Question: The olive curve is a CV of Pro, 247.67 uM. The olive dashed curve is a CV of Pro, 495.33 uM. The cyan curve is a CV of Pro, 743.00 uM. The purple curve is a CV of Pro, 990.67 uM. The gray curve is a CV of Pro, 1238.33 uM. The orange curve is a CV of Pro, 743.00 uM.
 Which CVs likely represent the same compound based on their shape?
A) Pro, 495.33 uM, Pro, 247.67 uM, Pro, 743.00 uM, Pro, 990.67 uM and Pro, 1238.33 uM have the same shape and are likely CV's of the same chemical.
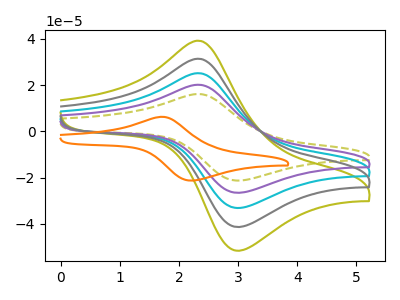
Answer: <think>The olive curve "Pro, 247.67 uM" has an anodic peak at (2.35V, 80.70uA) and a cathodic peak at (3.05V, -105.95uA). The olive dashed curve "Pro, 495.33 uM" has an anodic peak at (2.35V, 16.15uA) and a cathodic peak at (3.05V, -21.20uA). The cyan curve "Pro, 743.00 uM" has an anodic peak at (2.35V, 40.35uA) and a cathodic peak at (3.05V, -52.95uA). The purple curve "Pro, 990.67 uM" has an anodic peak at (2.35V, 20.15uA) and a cathodic peak at (3.05V, -26.50uA). The gray curve "Pro, 1238.33 uM" has an anodic peak at (2.35V, 60.50uA) and a cathodic peak at (3.05V, -79.45uA). The orange curve "Pro, 743.00 uM" has an anodic peak at (1.70V, 6.30uA) and a cathodic peak at (2.25V, -21.25uA).
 All the peaks in "Pro, 247.67 uM" have a peak in "Pro, 495.33 uM" at the same potential. Every peak in "Pro, 247.67 uM" is higher than every peak in "Pro, 495.33 uM". All the peaks in "Pro, 247.67 uM" have a peak in "Pro, 743.00 uM" at the same potential. Every peak in "Pro, 247.67 uM" is higher than every peak in "Pro, 743.00 uM". All the peaks in "Pro, 247.67 uM" have a peak in "Pro, 990.67 uM" at the same potential. Every peak in "Pro, 247.67 uM" is higher than every peak in "Pro, 990.67 uM". All the peaks in "Pro, 247.67 uM" have a peak in "Pro, 1238.33 uM" at the same potential. Every peak in "Pro, 247.67 uM" is higher than every peak in "Pro, 1238.33 uM". "Pro, 247.67 uM" and "Pro, 743.00 uM" have at least one peak that do not match. All the peaks in "Pro, 495.33 uM" have a peak in "Pro, 743.00 uM" at the same potential. Every peak in "Pro, 495.33 uM" is lower than every peak in "Pro, 743.00 uM". All the peaks in "Pro, 495.33 uM" have a peak in "Pro, 990.67 uM" at the same potential. Every peak in "Pro, 495.33 uM" is lower than every peak in "Pro, 990.67 uM". All the peaks in "Pro, 495.33 uM" have a peak in "Pro, 1238.33 uM" at the same potential. Every peak in "Pro, 495.33 uM" is lower than every peak in "Pro, 1238.33 uM". "Pro, 495.33 uM" and "Pro, 743.00 uM" have at least one peak that do not match. All the peaks in "Pro, 743.00 uM" have a peak in "Pro, 990.67 uM" at the same potential. Every peak in "Pro, 743.00 uM" is higher than every peak in "Pro, 990.67 uM". All the peaks in "Pro, 743.00 uM" have a peak in "Pro, 1238.33 uM" at the same potential. Every peak in "Pro, 743.00 uM" is lower than every peak in "Pro, 1238.33 uM". "Pro, 743.00 uM" and "Pro, 743.00 uM" have at least one peak that do not match. All the peaks in "Pro, 990.67 uM" have a peak in "Pro, 1238.33 uM" at the same potential. Every peak in "Pro, 990.67 uM" is lower than every peak in "Pro, 1238.33 uM". "Pro, 990.67 uM" and "Pro, 743.00 uM" have at least one peak that do not match. "Pro, 1238.33 uM" and "Pro, 743.00 uM" have at least one peak that do not match.</think>
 <answer>A) "Pro, 495.33 uM", "Pro, 247.67 uM", "Pro, 743.00 uM", "Pro, 990.67 uM" and "Pro, 1238.33 uM" have the same shape and are likely CV's of the same chemical.</answer>
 <eval>A</eval>